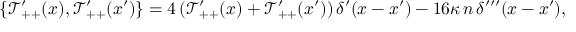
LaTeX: \{ \mathcal T _ { + + } ^ { \prime } ( x ) , \mathcal T _ { + + } ^ { \prime } ( x ^ { \prime } ) \} = 4 \, ( \mathcal T _ { + + } ^ { \prime } ( x ) + \mathcal T _ { + + } ^ { \prime } ( x ^ { \prime } ) ) \, \delta ^ { \prime } ( x - x ^ { \prime } ) - 1 6 \kappa \, n \, \delta ^ { \prime \prime \prime } ( x - x ^ { \prime } ) ,